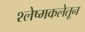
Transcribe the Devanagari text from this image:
श्लेष्मकलेतून